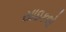
સાઇકલો